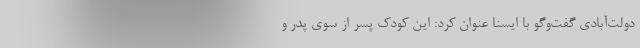
دولت‌آبادی گفت‌وگو با ایسنا عنوان کرد: این کودک پسر از سوی پدر و